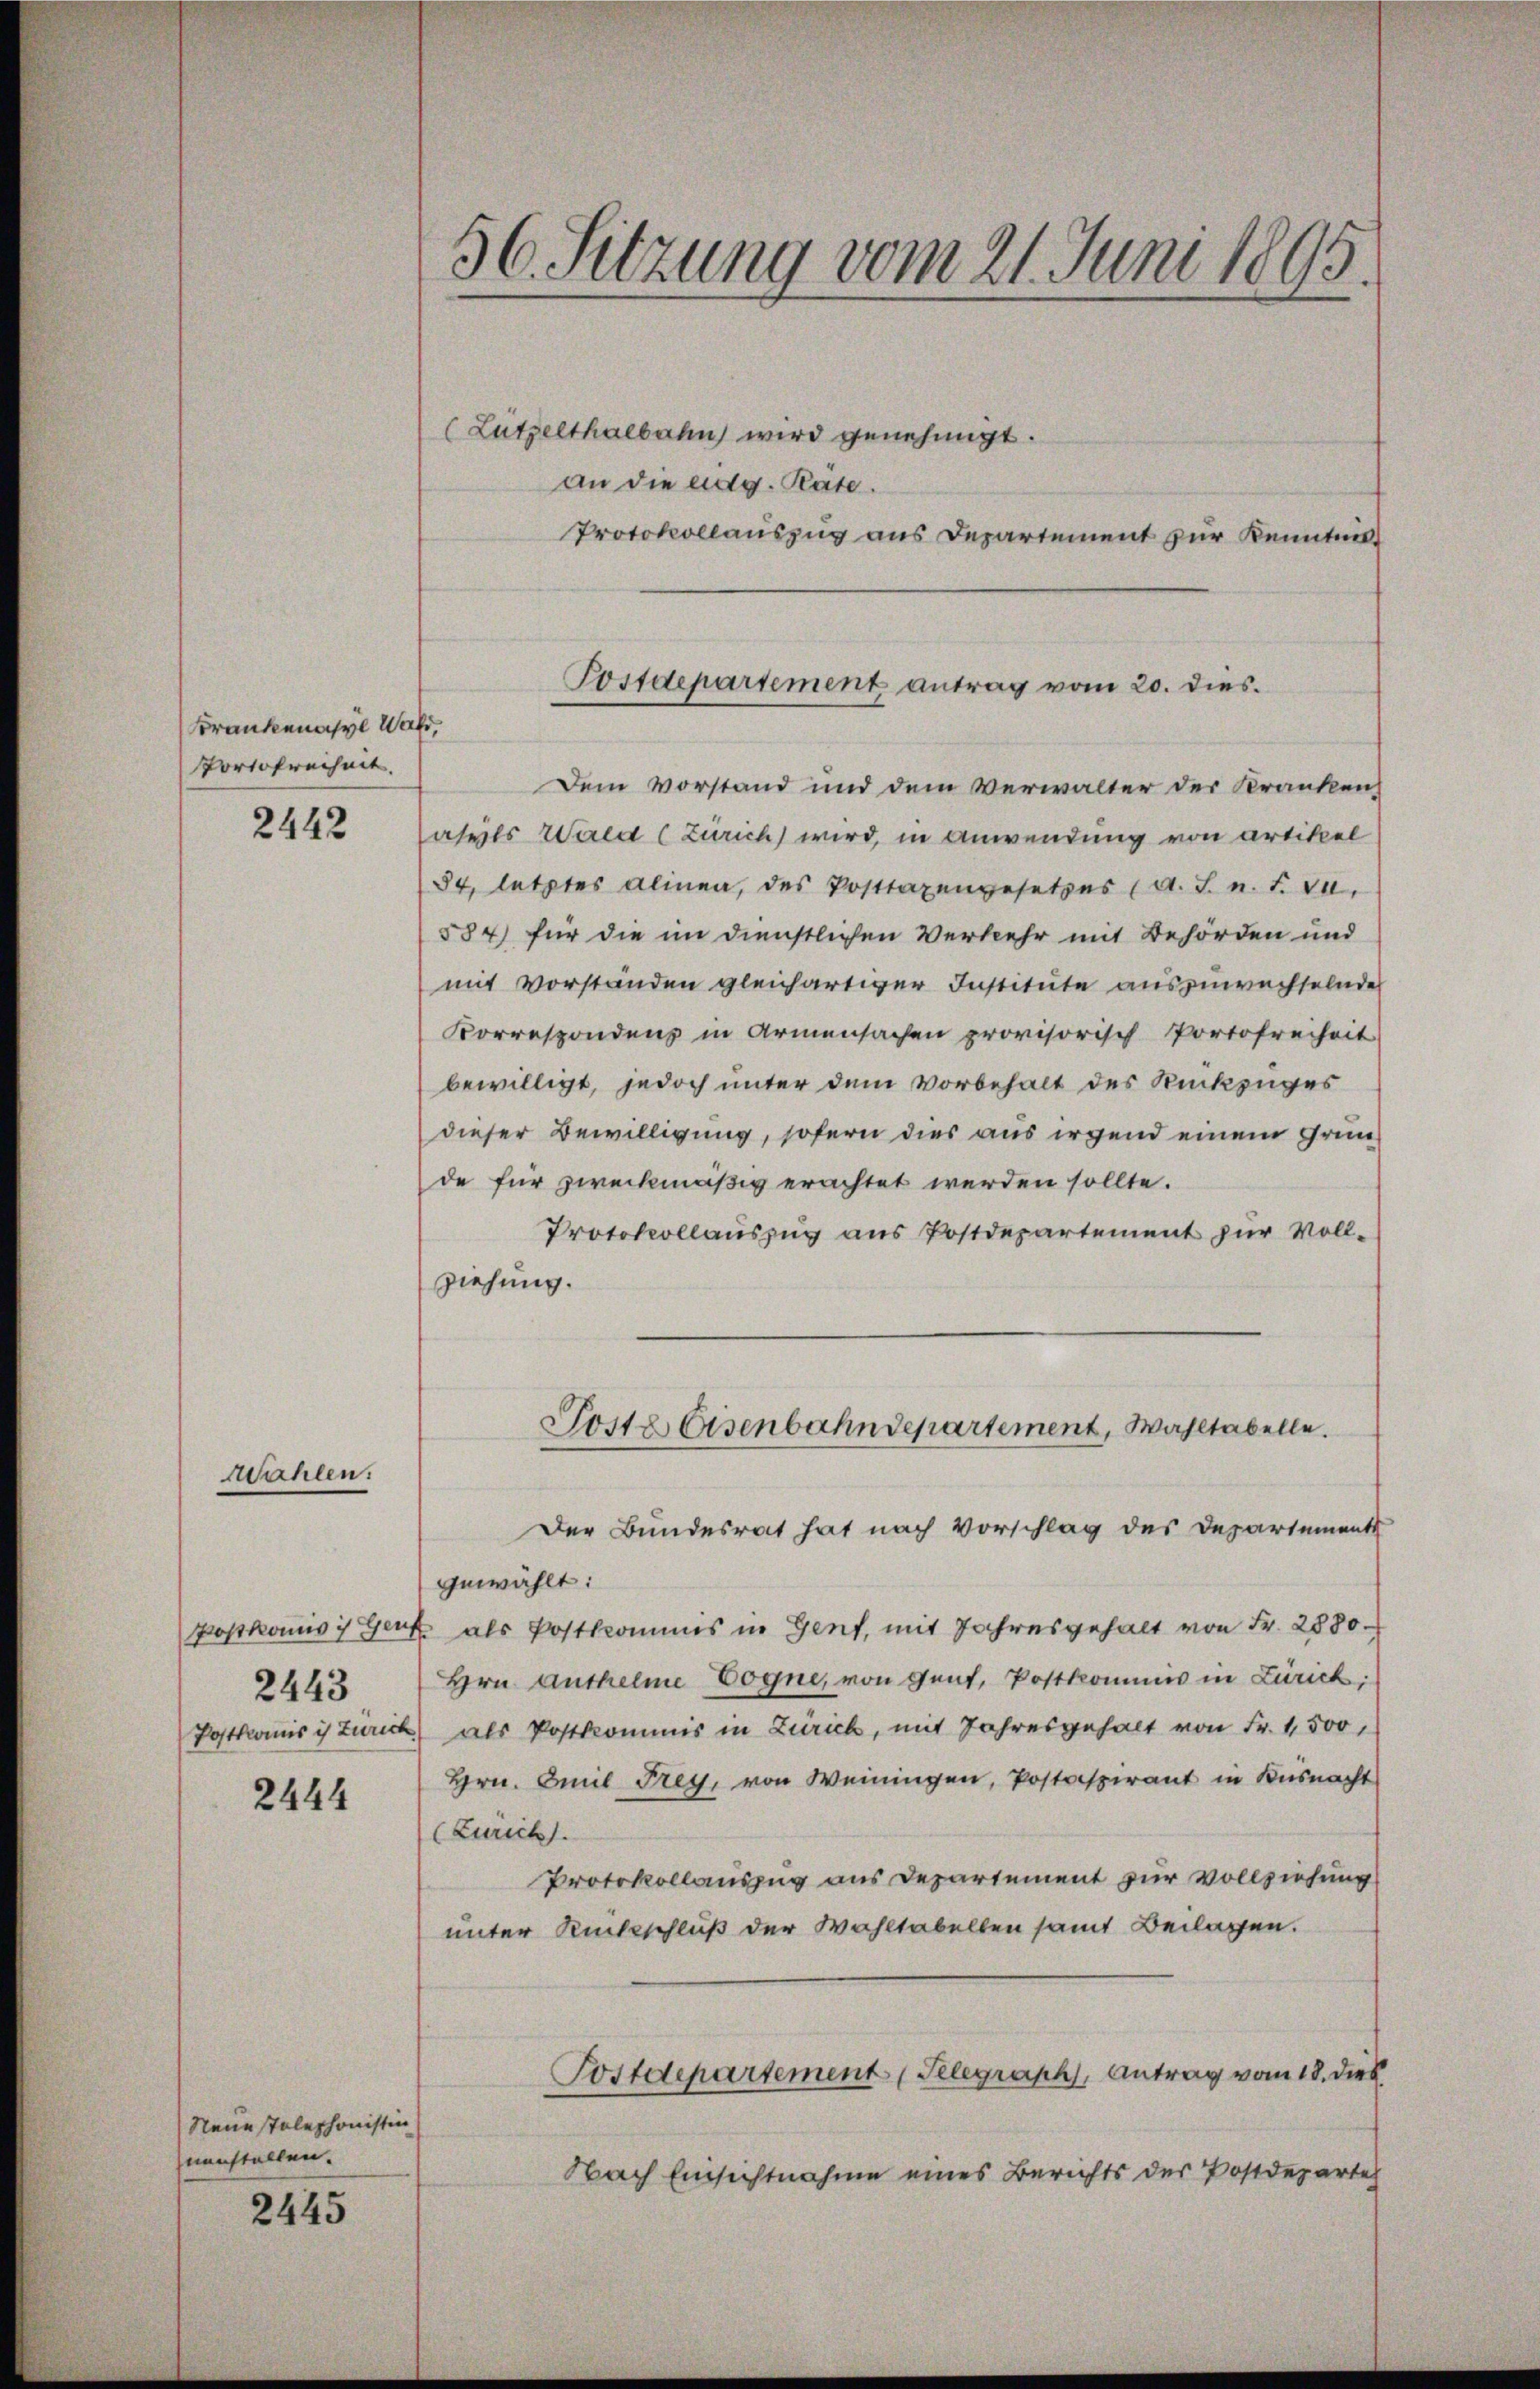
Frankenasyl Wald,
Portofreiheit.

2442

wahlen:

oskomisis Ger
2443

2444

Neuestelephonistin
nanstallen.

2445

(Lützelthalbahn wird genehmigt.
an die eidg. Räte.
Protokollauszug aus Departement zur Kenntnis
Dem Vorstand und dem Verwalter der Kranken,
Jasyls Wald (Zürich wird, in Anwendung von Artikel
84, letztes alinen, des Posttaxengesetzes (A. J. n. F. VI.
584 für die im dienstlichen Verkehr mit Behörden und
mit vorständen gleichartiger Institute auszuwechselnde
Korrespondenz in Armensachen provisorisch Portofreiheit
bewilligt, jedoch unter dem Vorbehalt des Rückzuges
dieser Bewilligung, sofern dies aus irgend einem Gründe für zweckmäßig erachtet werden sollte.
Protokollauszug aus Postdepartement zur Vollziehung.
Poste Eisenbahndepartement, Wahltabelle.
Der Bundesrat hat nach Vorschlag des Departements
gewählt:
E als Postkommis in Genf, mit Jahresgehalt von Fr. 2880.
Hrn. Autheime Vogne, von Gent. Postkommis in Zürich
Postkomisis Zürich, als Postkommis in Zürich, mit Jahresgehalt von Fr. 1500
Hrn. Amil Frey, von Weiningen, Postaspirant in Küsnacht
(Zürich.
Protokollauszug aus Departement zur Vollziehung
unter Rückschluß der Wahltabellen samt Beilagen.
Postdepartement (Telegraph, Antrag vom 18. Dieb
Nach Einsichtnahme eines Berichts der Postdeparte

36 Sitzung vom 21. Juni 1895.

Postdepartement antrag vom 20. dies